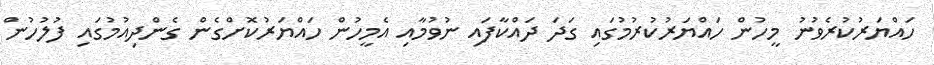
ހައްޔަރުކުރެވުނު މީހުން ހައްޔަރުކުރުމުގައި ގަދަ ދައްކާފައި ނުވުމާއި އެމީހުން ހައްޔަރުކޮށްގެން ގެންދިއުމުގައި ފުލުހުން